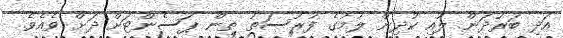
އަދި ބަރުދަން ލުއި ކުދިން ލުމުގެ ފުރުސަތު ތިން ޕަސެންޓަށް ދަށް ވެއެވެ.